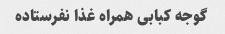
گوجه کبابی همراه غذا نفرستاده